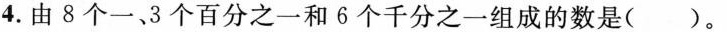
4.由8个一、3个百分之一和6个千分之一组成的数是( )。